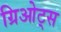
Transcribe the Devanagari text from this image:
ग्रिओट्स